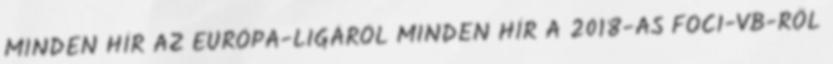
MINDEN HÍR AZ EURÓPA-LIGÁRÓL MINDEN HÍR A 2018-AS FOCI-VB-RŐL